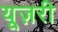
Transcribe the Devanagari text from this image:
यूज़री